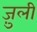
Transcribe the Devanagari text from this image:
ज़ुली